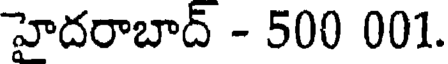
హైదరాబాద్ - 500 001.